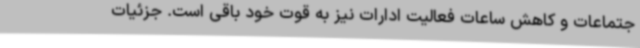
جتماعات و کاهش ساعات فعالیت ادارات نیز به قوت خود باقی است. جزئیات